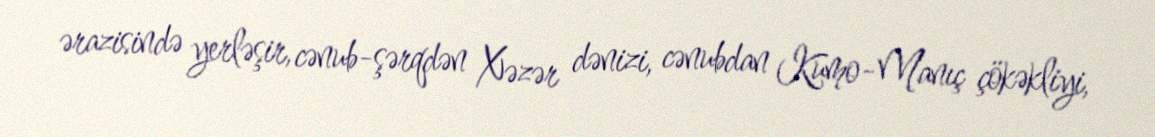
ərazisində yerləşir, cənub-şərqdən Xəzər dənizi, cənubdan Kumo-Manıç çökəkliyi,